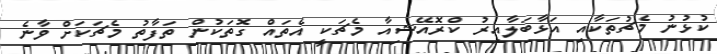
ކުޅުނު މެޗުތަކާއި އަޅާބަލާއިރު ކްރޮއޭޝިއާ މެޗަކީ އެތައް ގޮތަކުން ތަފާތު މެޗަކަށް ވާނެ